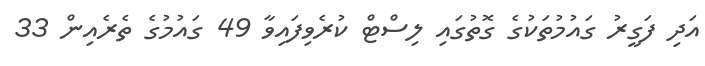
އަދި ފަގީރު ގައުމުތަކުގެ ގޮތުގައި ލިސްޓް ކުރެވިފައިވާ 49 ގައުމުގެ ތެރެއިން 33